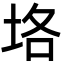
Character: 垎